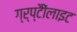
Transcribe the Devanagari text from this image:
ग्र्प्टैैोंलाइट